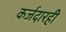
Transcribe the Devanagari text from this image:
कर्जदारही